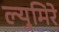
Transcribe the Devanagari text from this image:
ल्युमिरे